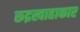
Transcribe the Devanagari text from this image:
रूद्रस्वाहाकार